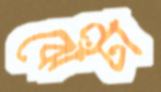
ঝেঁটা